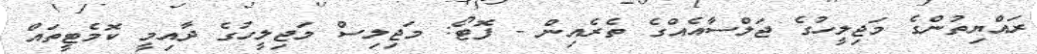
ރައްޔިތުންގެ މަޖިލީހުގެ ޖަލްސާއެއްގެ ތެރެއިން - ފޮޓޯ: މަޖިލިސް މަޖިލީހުގެ ދާއިމީ ކޮމެޓީތައް